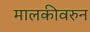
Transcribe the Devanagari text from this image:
मालकीवरुन